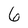
Character: 6